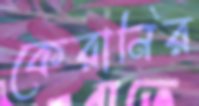
কেরানির